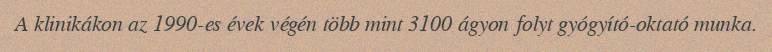
A klinikákon az 1990-es évek végén több mint 3100 ágyon folyt gyógyító-oktató munka.